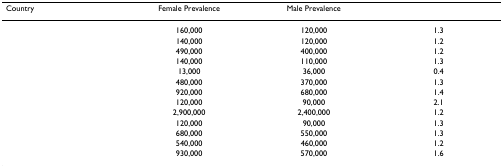
<table><thead><tr><td><b>Country</b></td><td><b>Female Prevalence</b></td><td><b>Male Prevalence</b></td><td>[EMPTY_CELL]</td></tr></thead><tbody><tr><td>[EMPTY_CELL]</td><td>160,000</td><td>120,000</td><td>1.3</td></tr><tr><td>[EMPTY_CELL]</td><td>140,000</td><td>120,000</td><td>1.2</td></tr><tr><td>[EMPTY_CELL]</td><td>490,000</td><td>400,000</td><td>1.2</td></tr><tr><td>[EMPTY_CELL]</td><td>140,000</td><td>110,000</td><td>1.3</td></tr><tr><td>[EMPTY_CELL]</td><td>13,000</td><td>36,000</td><td>0.4</td></tr><tr><td>[EMPTY_CELL]</td><td>480,000</td><td>370,000</td><td>1.3</td></tr><tr><td>[EMPTY_CELL]</td><td>920,000</td><td>680,000</td><td>1.4</td></tr><tr><td>[EMPTY_CELL]</td><td>120,000</td><td>90,000</td><td>2.1</td></tr><tr><td>[EMPTY_CELL]</td><td>2,900,000</td><td>2,400,000</td><td>1.2</td></tr><tr><td>[EMPTY_CELL]</td><td>120,000</td><td>90,000</td><td>1.3</td></tr><tr><td>[EMPTY_CELL]</td><td>680,000</td><td>550,000</td><td>1.3</td></tr><tr><td>[EMPTY_CELL]</td><td>540,000</td><td>460,000</td><td>1.2</td></tr><tr><td>[EMPTY_CELL]</td><td>930,000</td><td>570,000</td><td>1.6</td></tr></tbody></table>